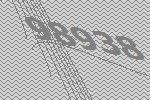
98938